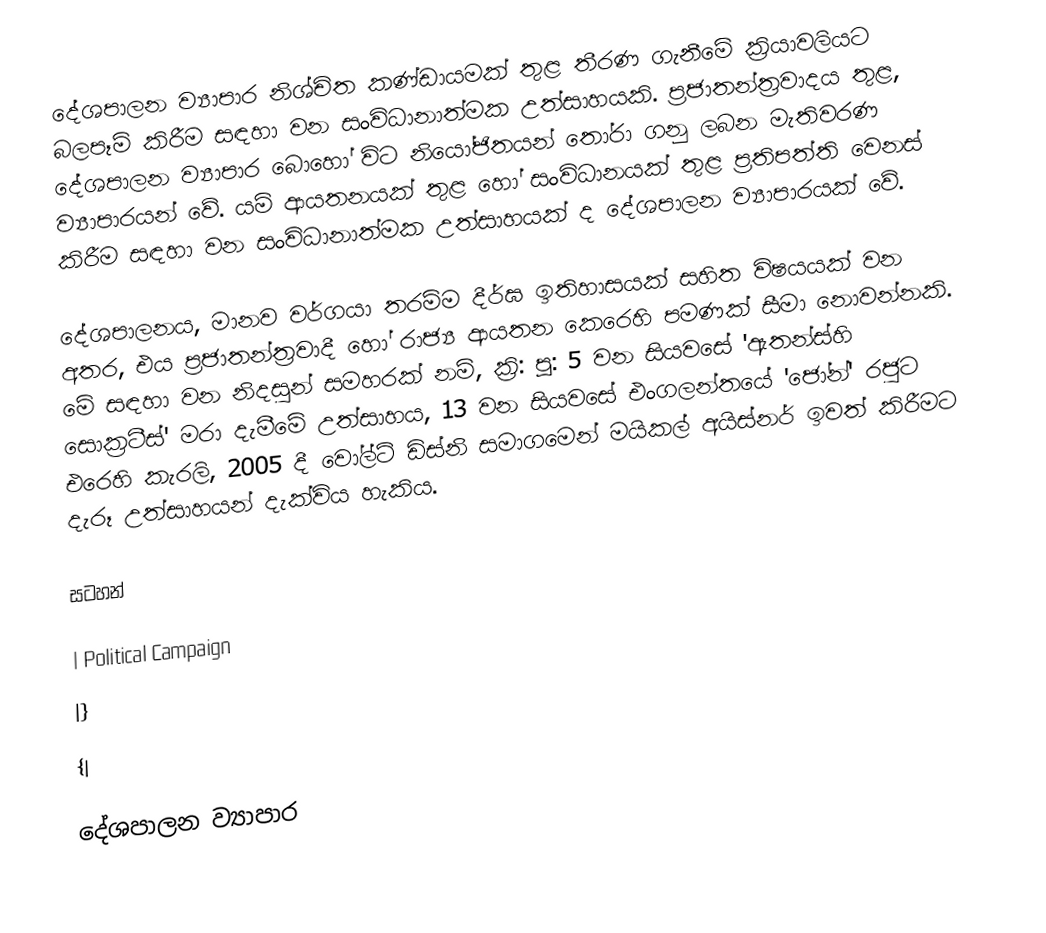
දේශපාලන ව්‍යාපාර නිශ්චිත කණ්ඩායමක් තුළ තීරණ ගැනීමේ ක‍්‍රියාවලියට බලපෑම් කිරීම සඳහා වන සංවිධානාත්මක උත්සාහයකි. ප‍්‍රජාතන්ත‍්‍රවාදය තුළ, දේශපාලන ව්‍යාපාර බොහෝ විට නියෝජිතයන් තෝරා ගනු ලබන මැතිවරණ ව්‍යාපාරයන් වේ. යම් ආයතනයක් තුළ හෝ සංවිධානයක් තුළ ප‍්‍රතිපත්ති වෙනස් කිරීම සඳහා වන සංවිධානාත්මක උත්සාහයක් ද දේශපාලන ව්‍යාපාරයක් වේ.

දේශපාලනය, මානව වර්ගයා තරම්ම දීර්ඝ ඉතිහාසයක් සහිත විෂයයක් වන අතර, එය ප‍්‍රජාතන්ත‍්‍රවාදී හෝ රාජ්‍ය ආයතන කෙරෙහි පමණක් සීමා නොවන්නකි. මේ සඳහා වන නිදසුන් සමහරක් නම්, ක‍්‍රි: පූ: 5 වන සියවසේ 'ඇතන්ස්හි සොක‍්‍රටීස්' මරා දැමීමේ උත්සාහය, 13 වන සියවසේ එංගලන්තයේ 'ජෝන්' රජුට එරෙහි කැරලි, 2005 දී වෝල්ට් ඩිස්නි සමාගමෙන් මයිකල් අයිස්නර් ඉවත් කිරීමට දැරූ උත්සාහයන් දැක්විය හැකිය.

සටහන්

| Political Campaign
|}
{|

දේශපාලන ව්‍යාපාර